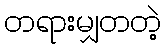
တရားမျှတတဲ့